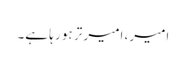
امیر، امیر تر ہو رہا ہے۔